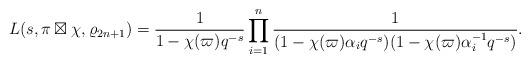
LaTeX: \begin{align*} L(s,\pi \boxtimes \chi, \varrho_{2n+1})=\frac1{1-\chi(\varpi)q^{-s}} \prod_{i=1}^n\frac1{(1-\chi(\varpi)\alpha_iq^{-s}) (1-\chi(\varpi)\alpha_i^{-1}q^{-s})}.\end{align*}